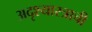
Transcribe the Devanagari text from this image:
अदृश्यास्त्राची